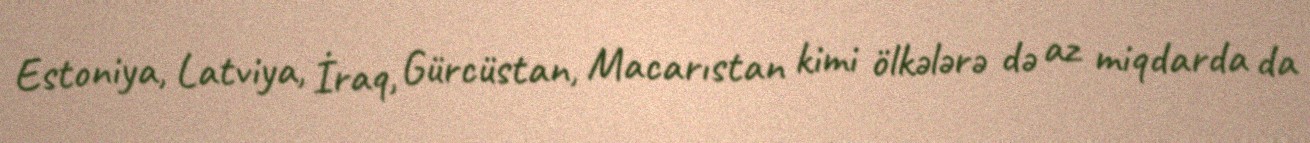
Estoniya, Latviya, İraq, Gürcüstan, Macarıstan kimi ölkələrə də az miqdarda da